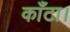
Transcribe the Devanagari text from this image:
काँटा।